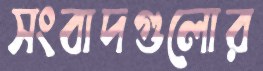
সংবাদগুলোর